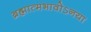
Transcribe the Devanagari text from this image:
ब्रह्मात्मभावोऽनया